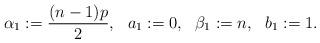
LaTeX: \begin{align*}\alpha_1:=\frac{(n-1)p}{2},\ \ a_1:=0,\ \ \beta_1:= n,\ \ b_1:= 1.\end{align*}